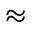
\approx